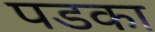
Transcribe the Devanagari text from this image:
पडका